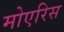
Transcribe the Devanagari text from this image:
मोएरिस